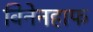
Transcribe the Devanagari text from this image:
विनेनहाफ